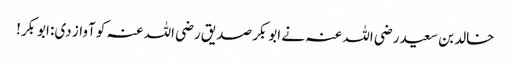
خالد بن سعید رضی اللہ عنہ نے ابوبکر صدیق رضی اللہ عنہ کو آواز دی: ابوبکر!